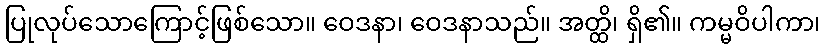
ပြုလုပ်သောကြောင့်ဖြစ်သော။ ဝေဒနာ၊ ဝေဒနာသည်။ အတ္ထိ၊ ရှိ၏။ ကမ္မဝိပါကာ၊